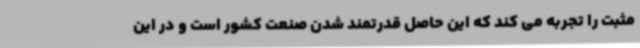
مثبت را تجربه می کند که این حاصل قدرتمند شدن صنعت کشور است و در این